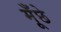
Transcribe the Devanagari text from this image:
मूँछे